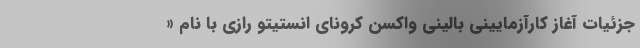
جزئیات آغاز کارآزمایینی بالینی واکسن کرونای انستیتو رازی با نام «